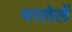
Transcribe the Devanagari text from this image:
भरलेलें